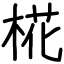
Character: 椛